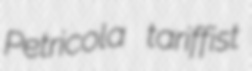
Petricola tariffist